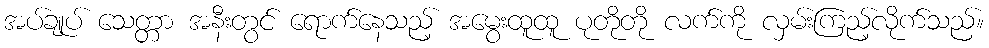
အပ်ချုပ် သေတ္တာ အနီးတွင် ရောက်နေသည့် အမွေးထူထူ ပုတိုတို လက်ကို လှမ်းကြည့်လိုက်သည်။